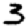
Digit: 3